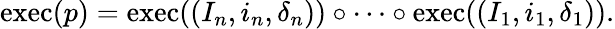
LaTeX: \begin{array}{r}{\mathrm{exec}(p)=\mathrm{exec}((I_{n},i_{n},\delta_{n}))\circ\dots\circ\mathrm{exec}((I_{1},i_{1},\delta_{1})).}\end{array}